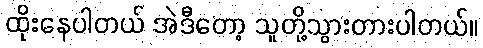
ထိုးနေပါတယ် အဲဒီတော့ သူတို့သွားတားပါတယ်။